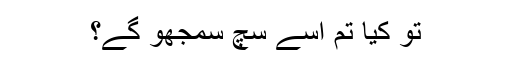
تو کیا تم اسے سچ سمجھو گے؟